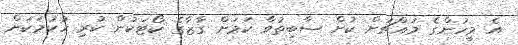
އެ މީހުންގެ މައްޗަށް ކުށް ސާބިތުވާ ކަމަށް ގާޒާގެ ކޯޓަކުން ކުރި ހުކުމަކަށް